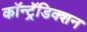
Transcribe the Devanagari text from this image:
कॉन्ट्रॅडिक्शन